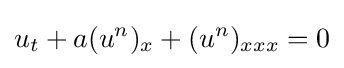
u_{t}+a(u^{n})_{x}+(u^{n})_{xxx}=0